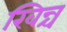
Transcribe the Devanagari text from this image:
खिन्च